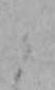
ら